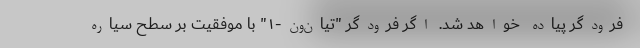
فرودگر پیاده خواهد شد. اگر فرودگر "تیان‌ون-۱" با موفقیت بر سطح سیاره